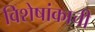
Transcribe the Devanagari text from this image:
विशेषांकाची